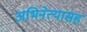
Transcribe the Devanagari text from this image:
अभिनेत्यासह